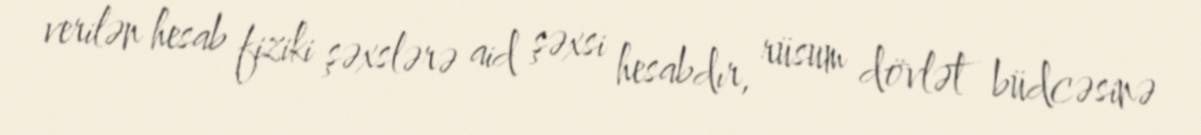
verilən hesab fiziki şəxslərə aid şəxsi hesabdır, rüsum dövlət büdcəsinə